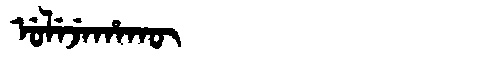
Manchu: ᡠᠯᡝᠵᡝᡥᠠᡴᡡ
Romanization: ULEJEHAKŪ